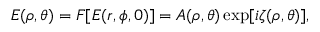
E ( \rho , \theta ) = F [ E ( r , \phi , 0 ) ] = A ( \rho , \theta ) \exp [ i \zeta ( \rho , \theta ) ] ,